Report of the Imperial Institute of Veterinary Research, Muktesar
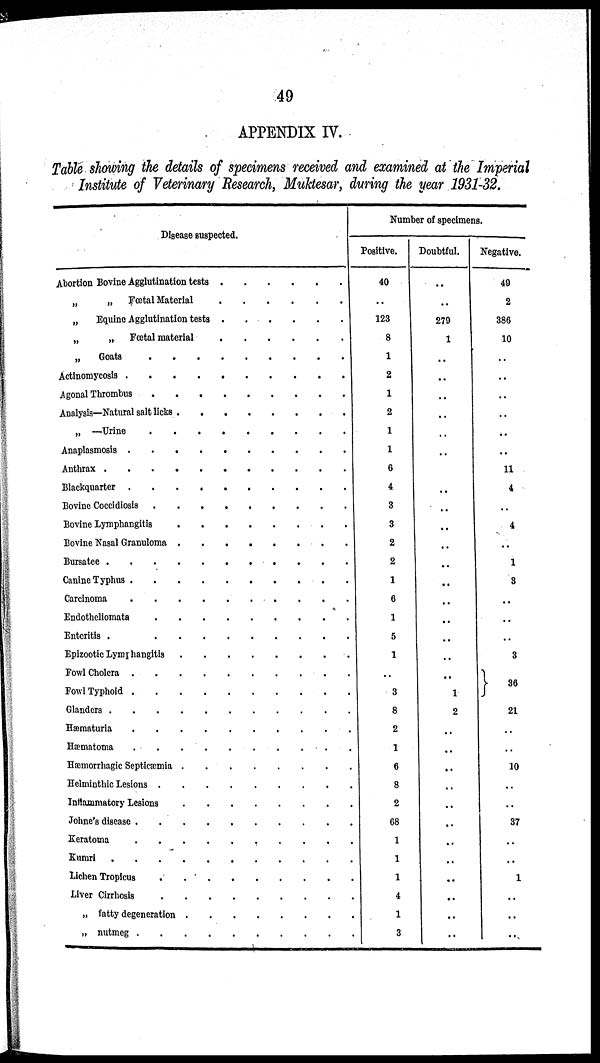
49
APPENDIX IV.
Table showing the details of specimens received and examined at the Imperial
Institute of Veterinary Research, Muktesar, during the year 1931-32.
Disease suspected.
Abortion Bovine Agglutination tests
„
„
Fœtal Material
„
Equine Agglutination tests
„
„
Fœtal material
„
Goats
Actinomycosis
....
Agonal Thrombus
Analysis—Natural salt licks .
„ —Urine
Anaplasmosis
....
Anthrax
Blackquarter
....
Bovine Coccidiosis
.
.
.
Bovine Lymphangitis
Bovine Nasal Granuloma .
Bursatee
Canine Typhus
....
Carcinoma
....
Endotheliomata
Enteritis .
Epizootic Lymphangitis
Fowl Cholera .
Fowl Typhoid .
Glanders
....
Hæmaturia
Hæmatoma
Hæmorrhagic Septicæmia .
Helminthic Lesions .
Inflammatory Lesions
Johne's disease .
Keratoma
Kumri
....
Lichen Tropicus
Liver Cirrhosis
„ fatty degeneration .
„ nutmeg .
.
.
.
.
.
.
.
.
.
.
.
.
.
.
.
.
.
.
.
.
.
.
.
.
.
.
.
.
.
.
.
.
.
.
.
.
.
.
.
.
.
.
.
.
.
.
.
.
.
.
.
.
.
.
.
.
.
..
.
.
.
.
.
.
.
.
.
.
.
.
.
.
.
.
.
.
.
.
.
.
.
.
.
.
.
.
.
.
.
.
.
.
.
.
.
.
.
.
.
.
.
.
.
.
.
.
.
.
.
.
.
.
.
.
.
.
.
.
.
.
.
.
.
.
.
.
.
.
.
.
.
.
.
.
.
.
.
.
.
.
.
.
.
.
.
.
.
.
.
.
.
.
.
.
.
.
.
.
.
.
.
.
.
.
.
.
.
.
.
.
.
.
.
.
.
.
.
.
.
.
.
.
.
.
.
.
.
.
.
.
.
.
.
.
.
.
.
.
.
.
.
.
.
.
.
.
.
.
.
.
.
.
.
.
.
.
Number of specimens.
Positive.
40
..
123
8
1
2
1
2
1
1
6
4
3
3
2
2
1
6
1
5
1
..
3
8
2
1
6
8
2
68
1
1
1
4
1
3
Doubtful.
..
..
279
1
..
..
..
..
..
..
..
..
..
..
..
..
..
..
..
..
..
..
1
2
..
..
..
..
..
..
..
..
..
..
..
..
Negative.
40
2
386
10
..
..
..
..
..
..
11
4
..
4
..
1
3
..
..
..
3
}
36
..
21
..
..
10
..
..
37
..
..
1
..
..
..